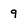
Character: 9